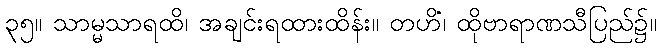
၃၅။ သာမ္မသာရထိ၊ အချင်းရထားထိန်း။ တဟိံ၊ ထိုဗာရာဏသီပြည်၌။